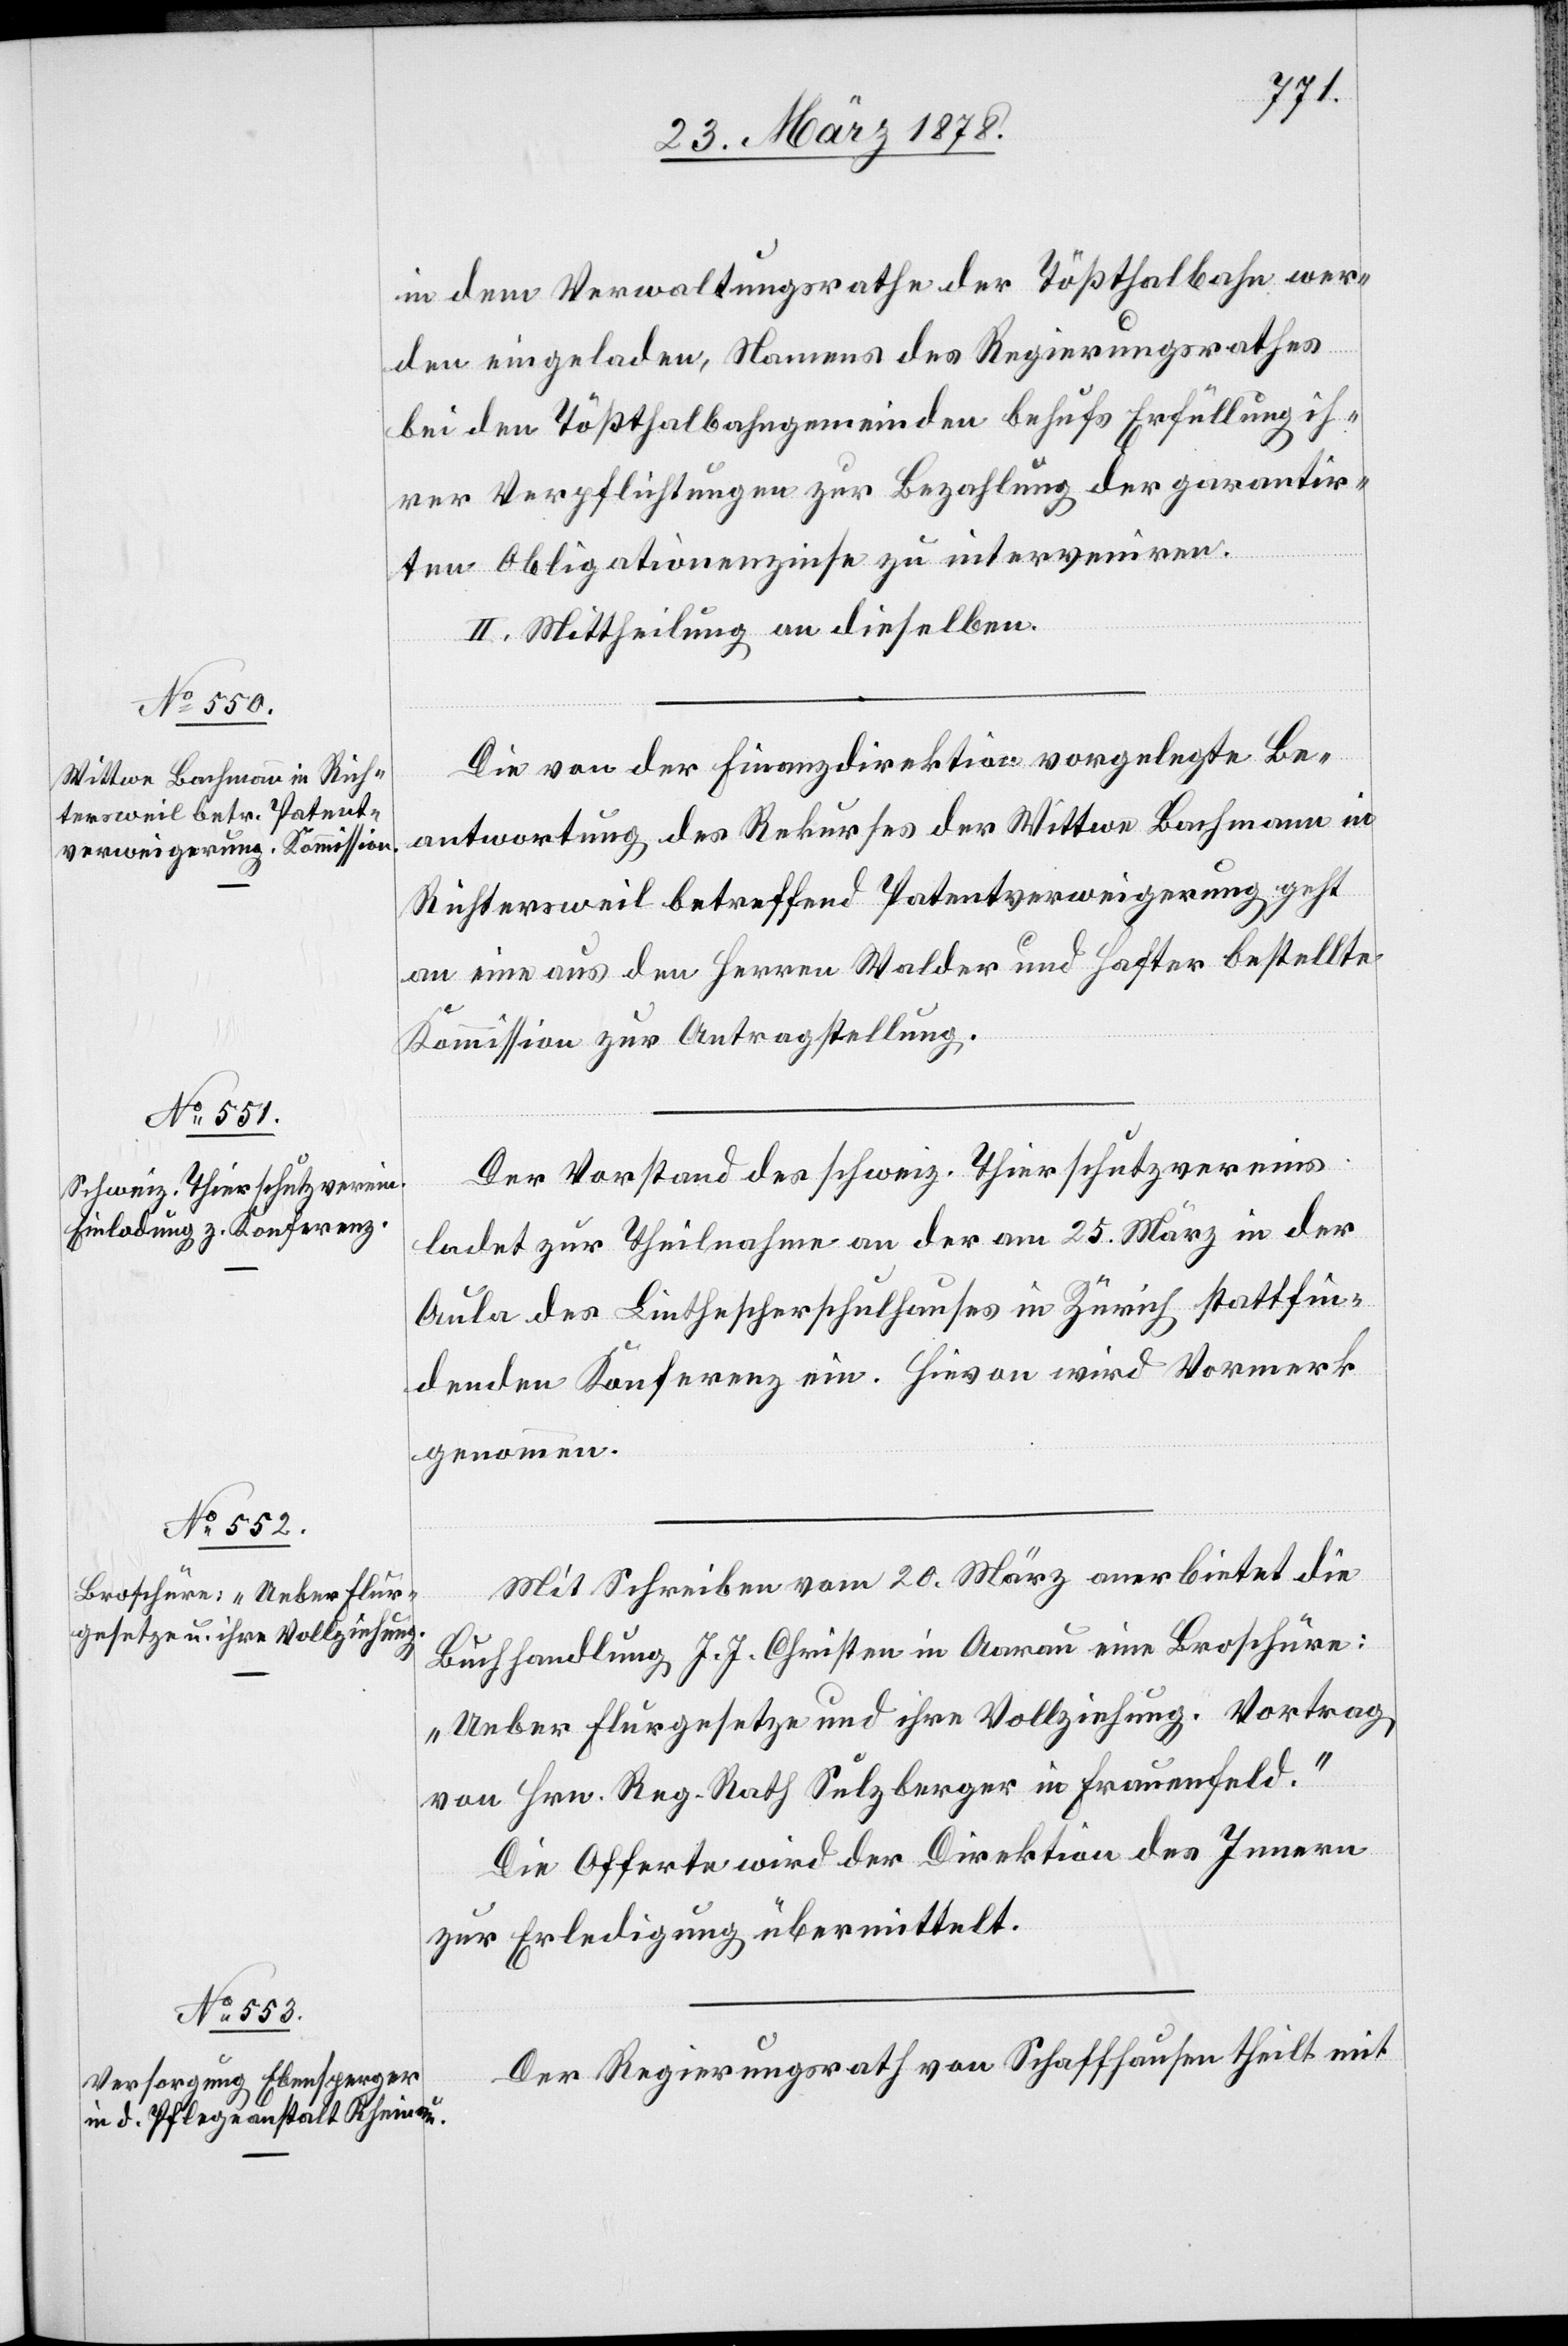
in dem Verwaltungsrathe der Tößthalbahn wer¬
den eingeladen, Namens des Regierungsrathes
bei den Tößthalbahngemeinden behufs Erfüllung ih¬
rer Verpflichtungen zur Bezahlung der garantir¬
ten Obligationenzinse zu interveniren.
II. Mittheilung an dieselben.
Die von der Finanzdirektion vorgelegte Be¬
antwortung des Rekurses der Wittwe Bachmann in
Richtersweil betreffend Patentverweigerung geht
an eine aus den Herren Walder und Hafter bestellte
Kommission zur Antragstellung.
Der Vorstand des schweiz. Thierschutzvereins
ladet zur Theilnahme an der am 25. März in der
Aula des Linthescherschulhauses in Zürich stattfin¬
denden Konferenz ein. Hievon wird Vormerk
genommen.
Mit Schreiben vom 20. März anerbietet die
Buchhandlung J. J. Christen in Aarau eine Broschüre:
„Ueber Flurgesetze und ihre Vollziehung. Vortrag
von Hrn. Reg. Rath Sulzberger in Frauenfeld.“
Die Offerte wird der Direktion des Innern
zur Erledigung übermittelt.
Der Regierungsrath von Schaffhausen theilt mit